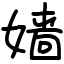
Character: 嫱